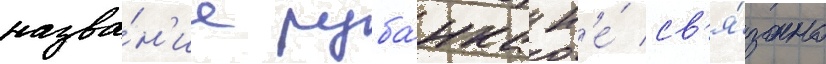
назва́н'ие руба́нка н'е́ св'я́зано